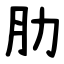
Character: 肋